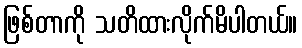
ဖြစ်တာကို သတိထားလိုက်မိပါတယ်။